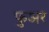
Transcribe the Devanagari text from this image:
फुअर